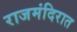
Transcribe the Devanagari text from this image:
राजमंदिरात